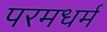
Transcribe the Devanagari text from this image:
परमधर्म